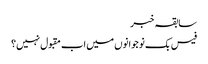
سابقہ خبر
فیس بک نوجوانوں میں اب مقبول نہیں؟